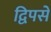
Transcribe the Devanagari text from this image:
द्विपसे